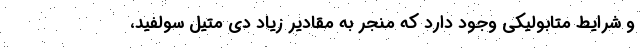
و شرایط متابولیکی وجود دارد که منجر به مقادیر زیاد دی متیل سولفید،